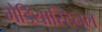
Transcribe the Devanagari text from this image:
मेडियास्टिनल